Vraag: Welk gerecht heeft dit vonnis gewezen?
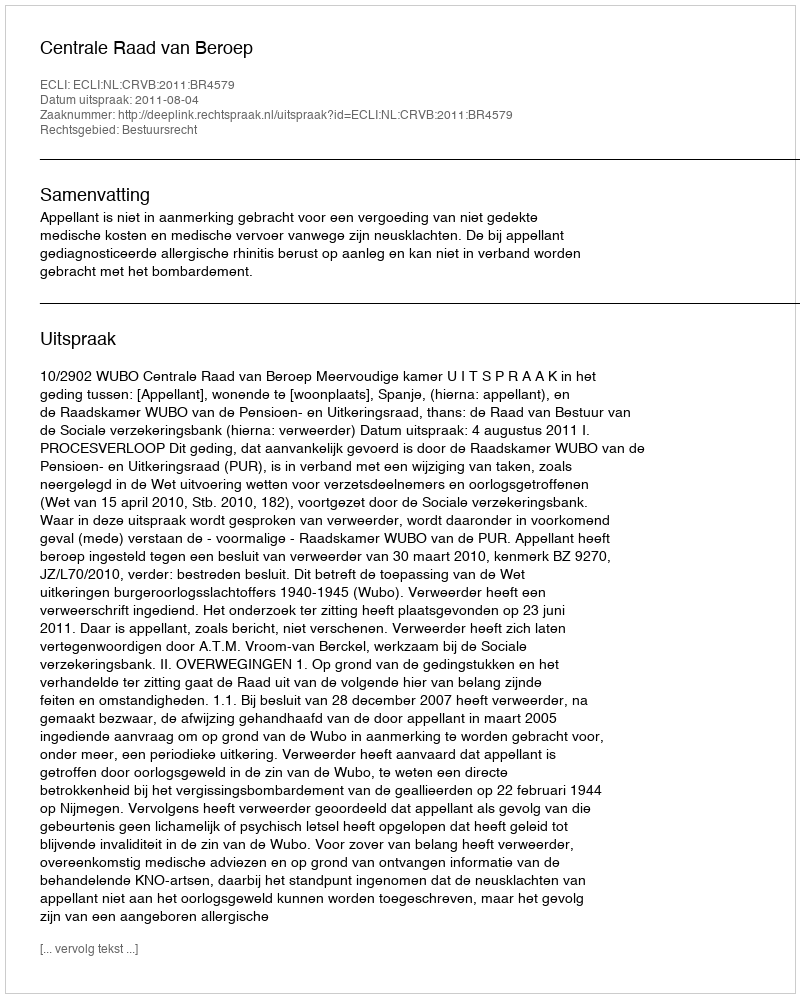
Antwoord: Centrale Raad van Beroep